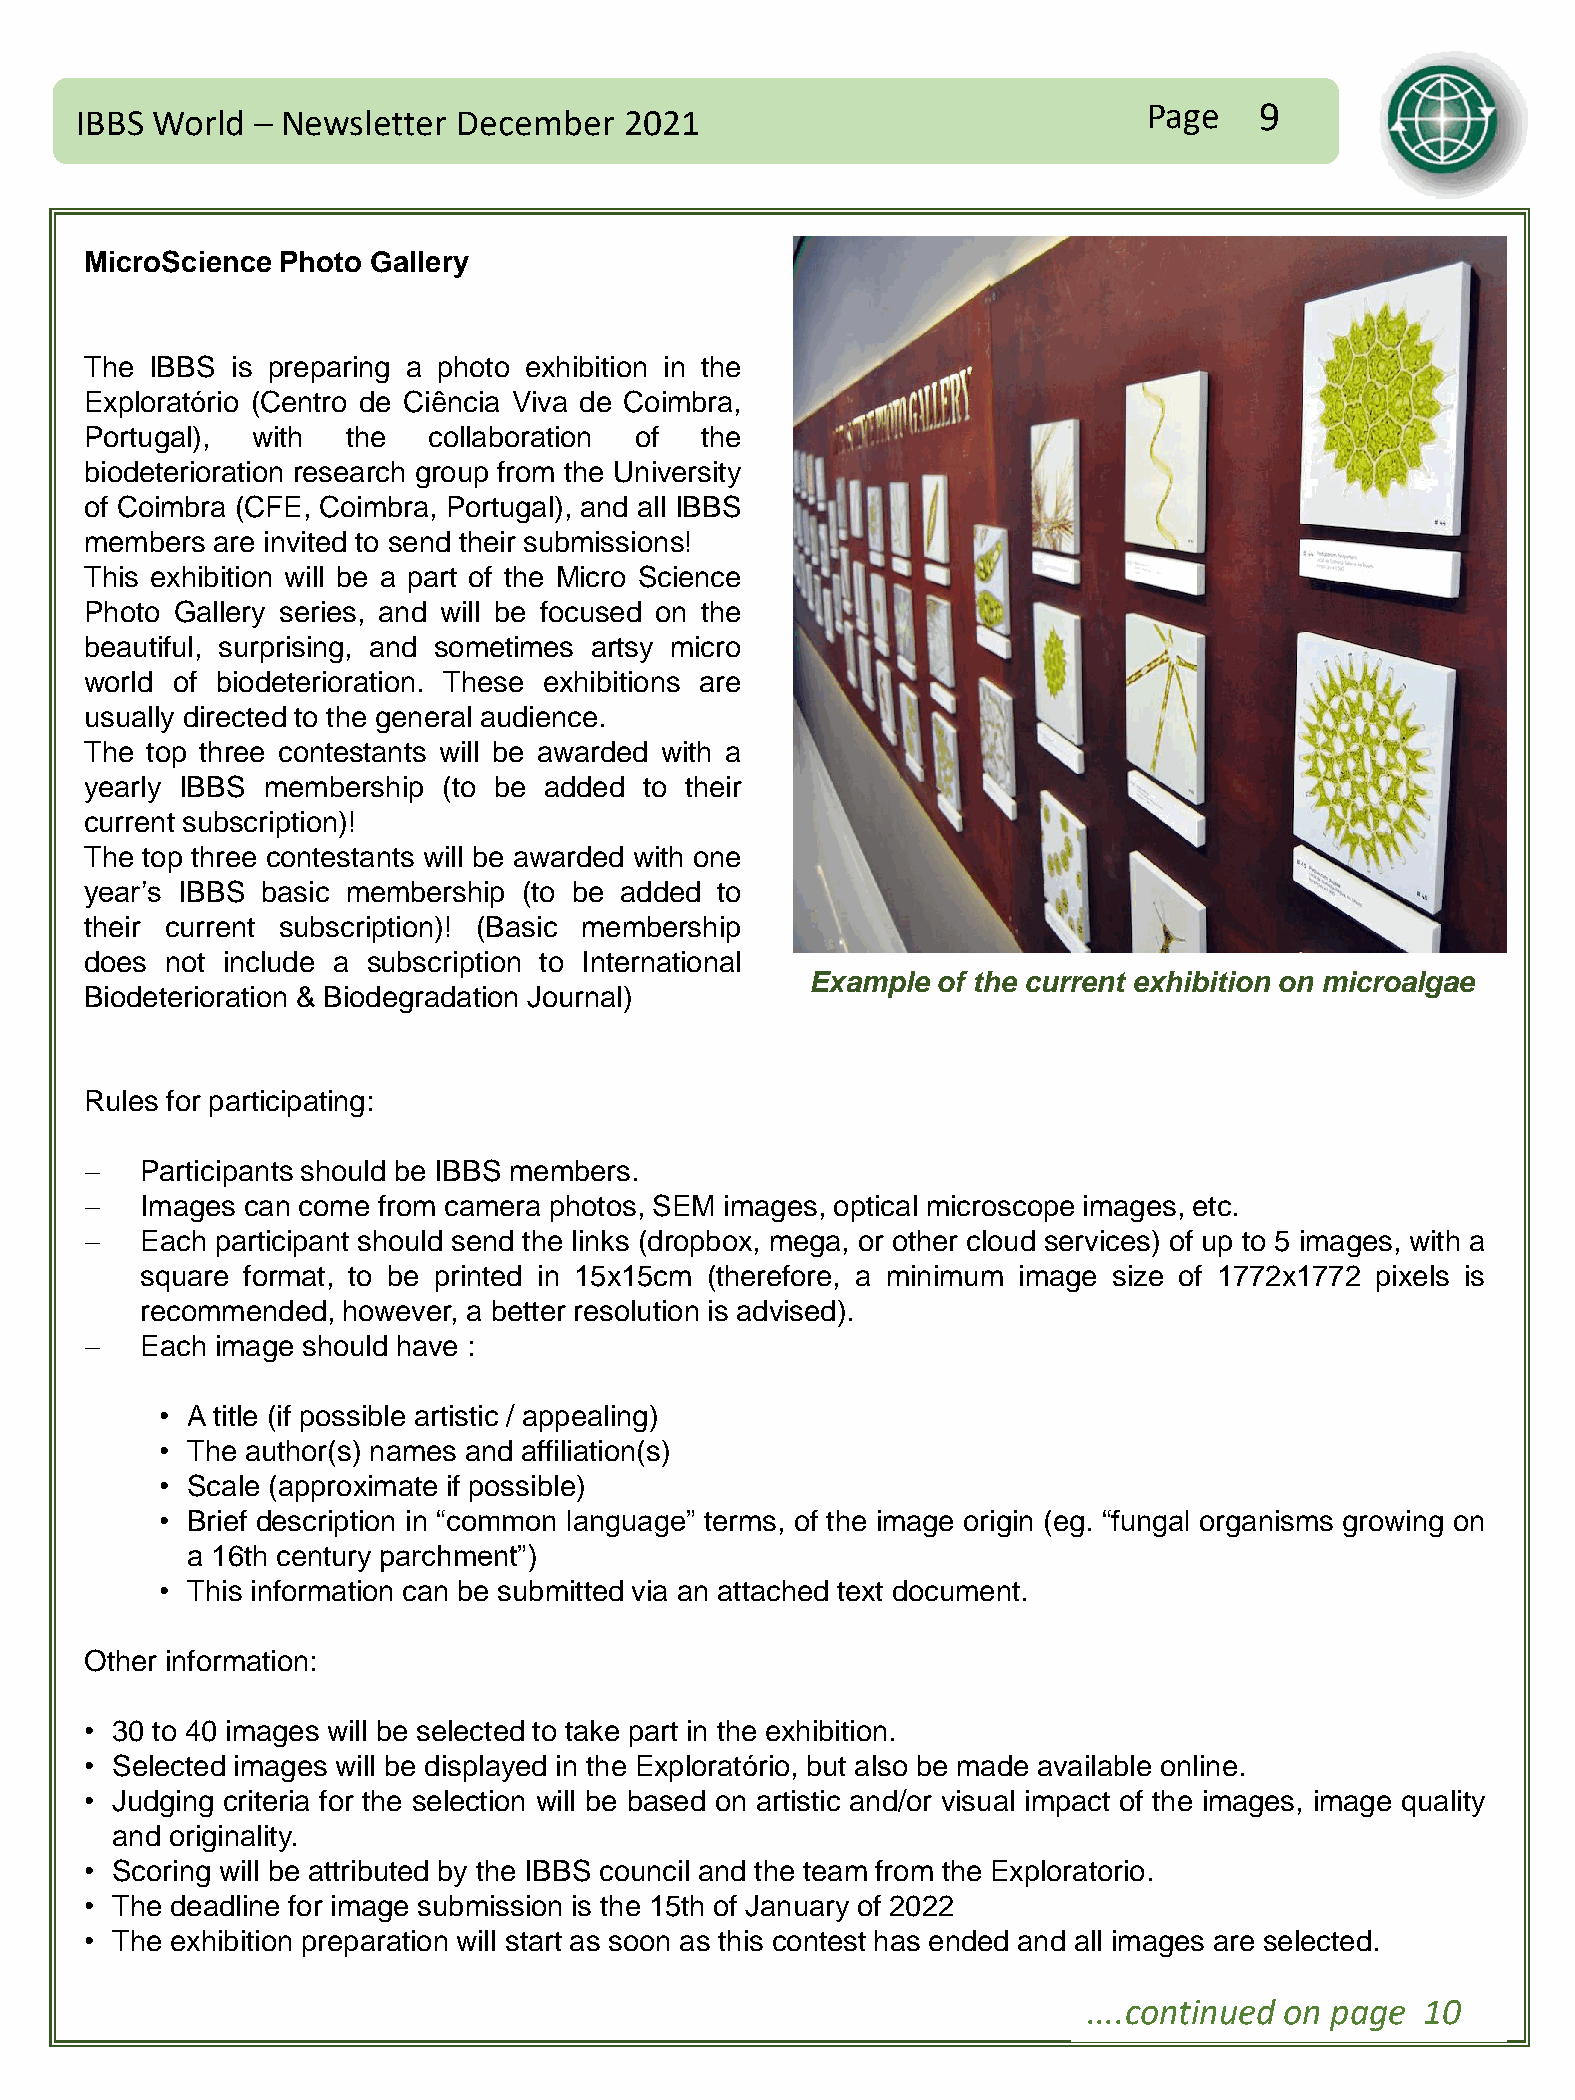
Page   9
 IBBS World  – Newsletter December   2021
 MicroScience Photo Gallery
 The IBBS is preparing a photo exhibition in the
 Exploratório (Centro de Ciência Viva de Coimbra,
 Portugal), with  the  collaboration of  the
 biodeterioration research group from the University
 of Coimbra (CFE, Coimbra, Portugal), and all IBBS
 members are invited to send their submissions!
 This exhibition will be a part of the Micro Science
 Photo Gallery series, and will be focused on the
 beautiful, surprising, and sometimes artsy micro
 world of biodeterioration. These exhibitions are
 usually directed to the general audience.
 The top three contestants will be awarded with a
 yearly IBBS membership (to be added  to their
 current subscription)!
 The top three contestants will be awarded with one
 year’s IBBS basic membership (to be added to
 their current subscription)! (Basic membership
 does not include a subscription to International
 Example of the current exhibition on microalgae
 Biodeterioration & Biodegradation Journal)
 Rules for participating:
 −  Participants should be IBBS members.
 −  Images can come from camera photos, SEM images, optical microscope images, etc.
 −  Each participant should send the links (dropbox, mega, or other cloud services) of up to 5 images, with a
 square format, to be printed in 15x15cm (therefore, a minimum image size of 1772x1772 pixels is
 recommended,  however, a better resolution is advised).
 −  Each image should have :
 • A title (if possible artistic / appealing)
 • The author(s) names and affiliation(s)
 • Scale (approximate if possible)
 • Brief description in “common language” terms, of the image origin (eg. “fungal organisms growing on
 a 16th century parchment”)
 • This information can be submitted via an attached text document.
 Other information:
 • 30 to 40 images will be selected to take part in the exhibition.
 • Selected images will be displayed in the Exploratório, but also be made available online.
 • Judging criteria for the selection will be based on artistic and/or visual impact of the images, image quality
 and originality.
 • Scoring will be attributed by the IBBS council and the team from the Exploratorio.
 • The deadline for image submission is the 15th of January of 2022
 • The exhibition preparation will start as soon as this contest has ended and all images are selected.
 ....continued on page 10